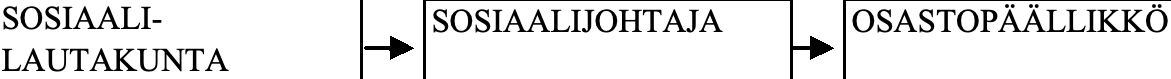
SOSIAALI-     SOSIAALIJOHTAJA OSASTOPÄÄLLIKKÖ LAUTAKUNTA